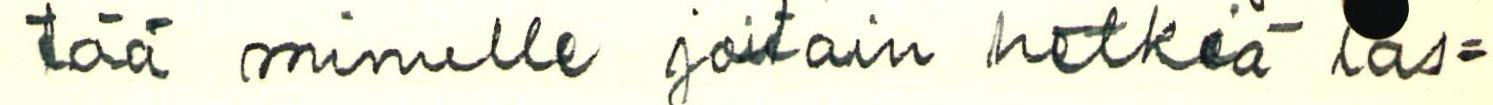
tää minulle joitain hetkiä las=